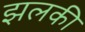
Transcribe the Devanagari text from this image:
झलकी